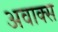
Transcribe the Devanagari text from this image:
अवाक्स